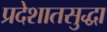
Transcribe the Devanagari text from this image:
प्रदेशातसुद्धा